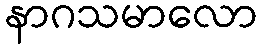
နာဂသမာလော